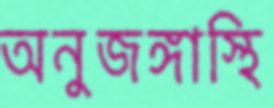
অনুজঙ্গাস্থি